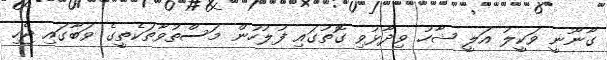
ގާނޫނީ ވަކީލު އަލީ ޝާހު ވިދާޅުވި ގޮތުގައި ފުލުހުން މަސްތުވާތަކެތީގެ ވަބާގައި ޖެހި